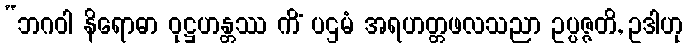
“ဘဂဝါ နိရောဓာ ဝုဋ္ဌဟန္တဿ ကိံ ပဌမံ အရဟတ္တဖလသညာ ဥပ္ပဇ္ဇတိ, ဥဒါဟု